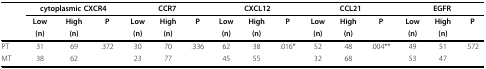
|  | <COLSPAN=3> cytoplasmic CXCR4 | <COLSPAN=3> CCR7 | <COLSPAN=3> CXCL12 | <COLSPAN=3> CCL21 | <COLSPAN=3> EGFR |
 |  | Low | High | P | Low | High | P | Low | High | P | Low | High | P | Low | High | P |
 |  | (n) | (n) |  | (n) | (n) |  | (n) | (n) |  | (n) | (n) |  | (n) | (n) |  |
 | --- | --- | --- | --- | --- | --- | --- | --- | --- | --- | --- | --- | --- | --- | --- | --- |
 | PT | 31 | 69 | .372 | 30 | 70 | .336 | 62 | 38 | .016* | 52 | 48 | .004** | 49 | 51 | .572 |
 | MT | 38 | 62 |  | 23 | 77 |  | 45 | 55 |  | 32 | 68 |  | 53 | 47 |  |